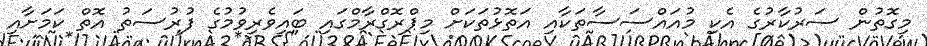
މިގޮތުން ސަރުކާރުގެ އެކި މުއައްސަސާތަކާއި އަތޮޅުތަކަށް މިޕްރޮގްރާމްގައި ބައިވެރިވުމުގެ ފުރުސަތު އޮތް ކަމަށާއި